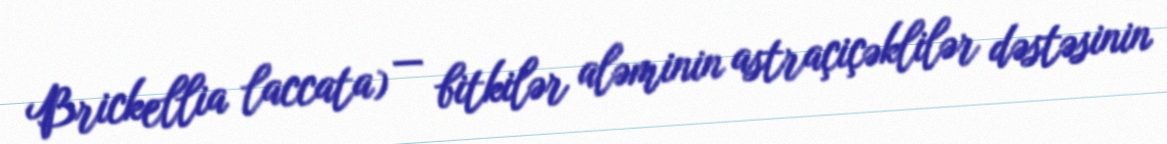
Brickellia laccata) — bitkilər aləminin astraçiçəklilər dəstəsinin